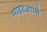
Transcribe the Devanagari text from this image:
साइडआर्म्स